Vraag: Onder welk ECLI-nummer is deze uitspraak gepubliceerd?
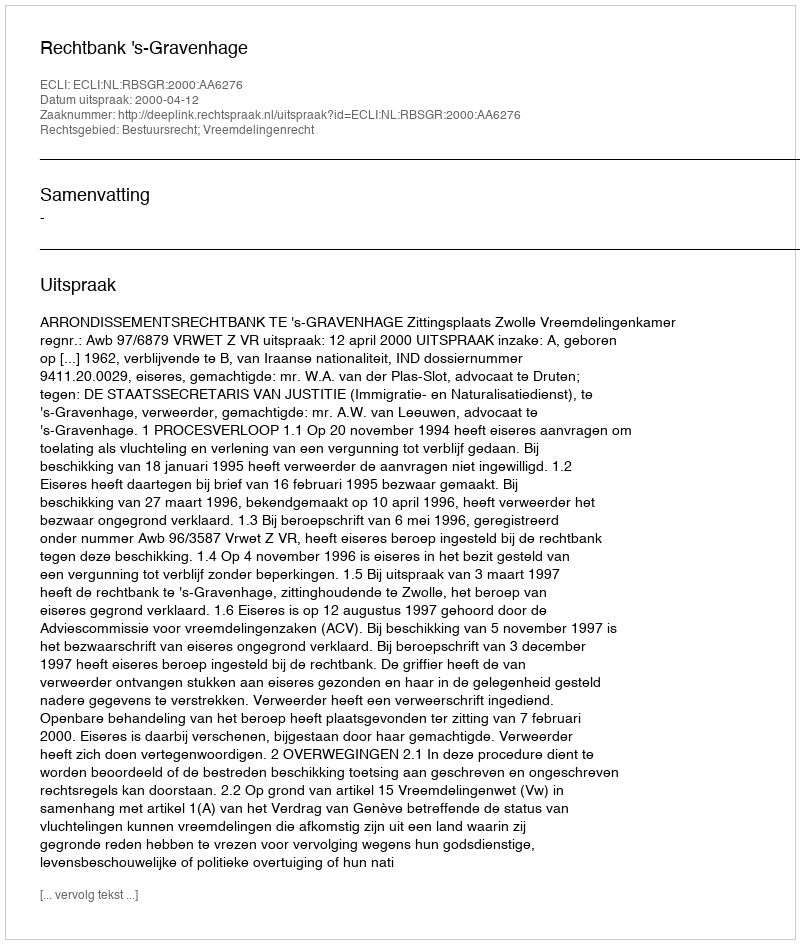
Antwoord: ECLI:NL:RBSGR:2000:AA6276